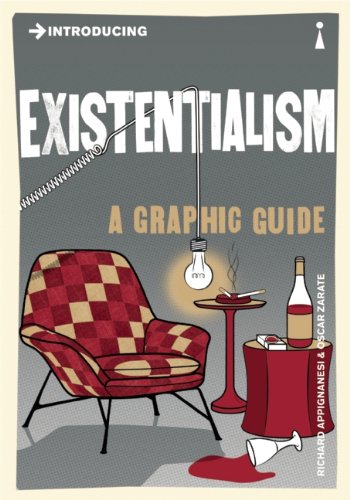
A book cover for Introducing Existentialism: A Graphic Guide; Richard Appignanesi; Politics & Social Sciences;